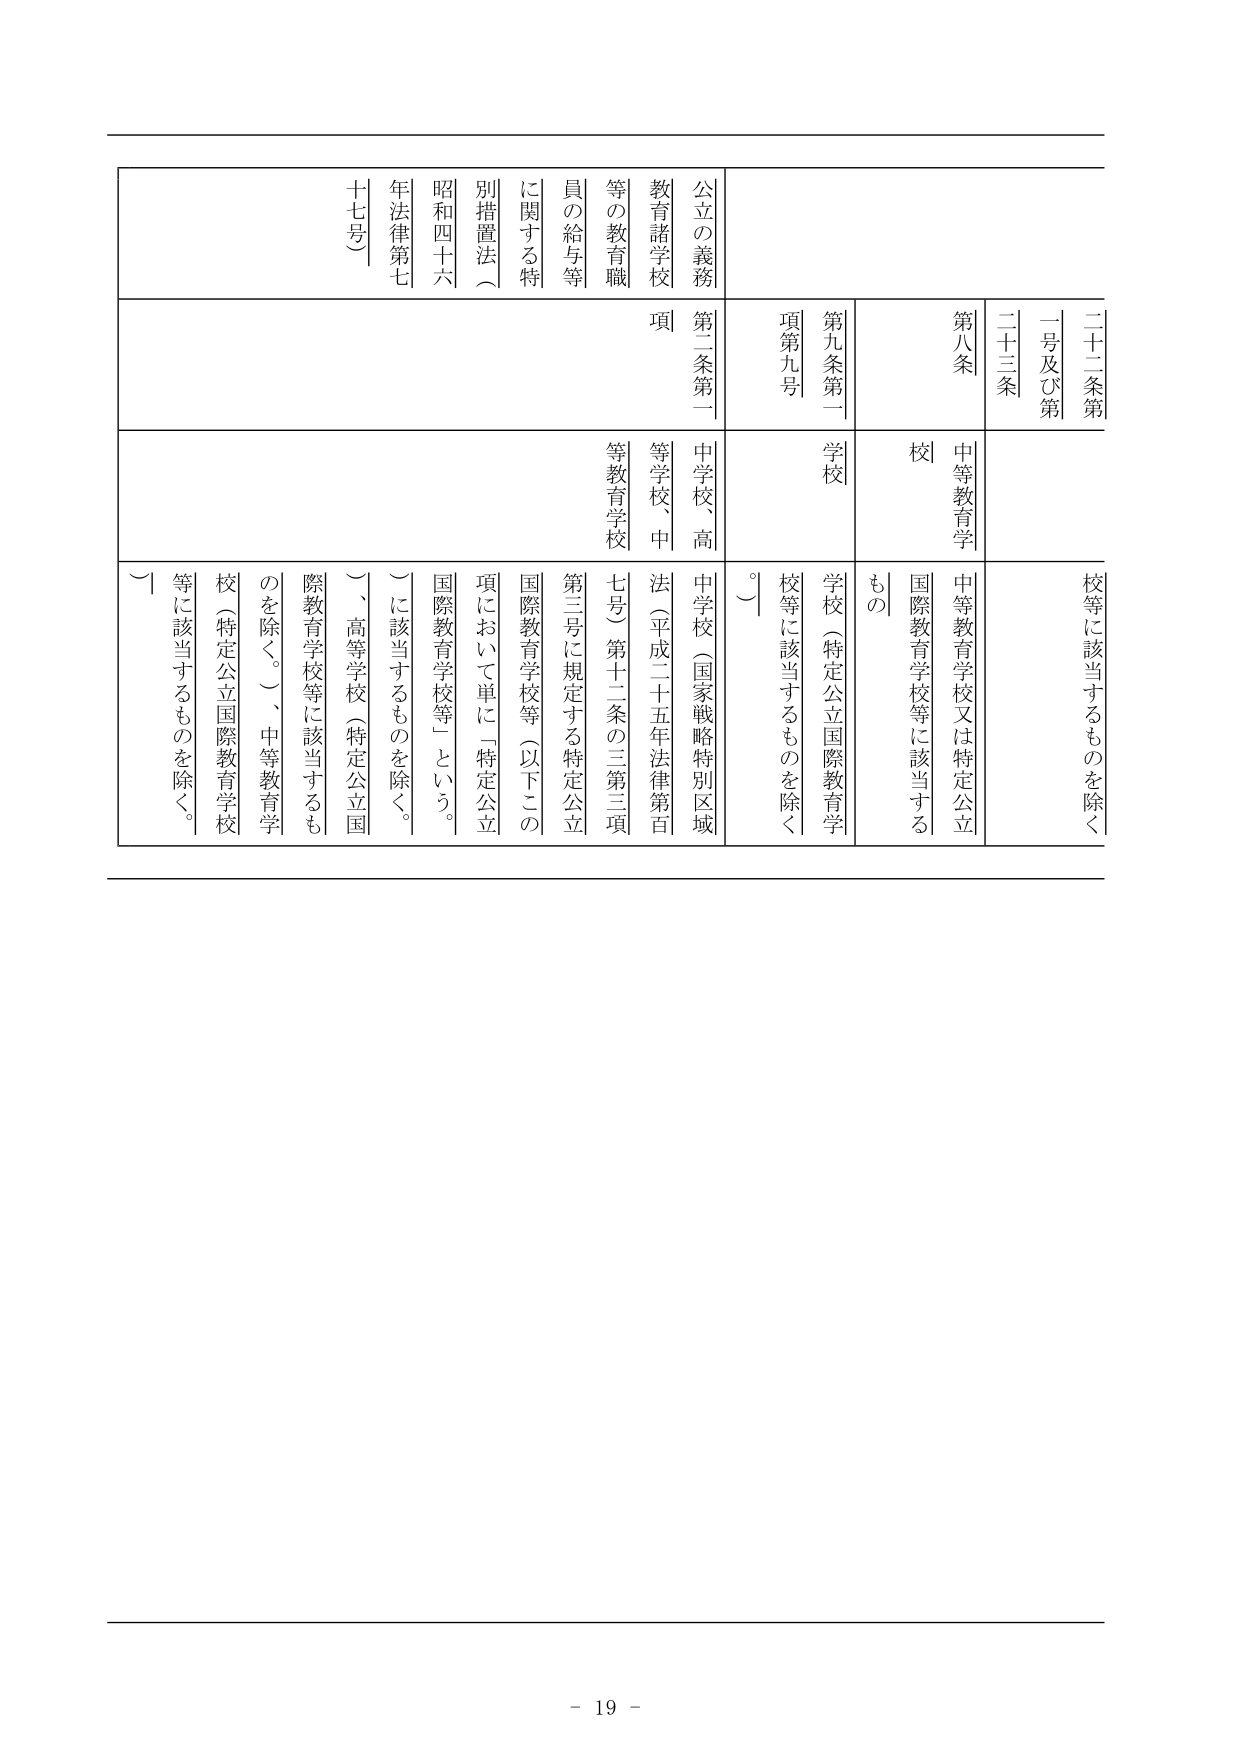
公立の義務
教育諸学校
等の教育職
員の給与等
に関する特
別措置法（
昭和四十六
年法律第七
十七号）
第二条第一
項
中学校、高
等学校、中
等教育学校
二十二条第
一号及び第
二十三条
第八条
第九条第一
項第九号
中等教育学
校
学校
中学校（国家戦略特別区域
法（平成二十五年法律第百
七号）第十二条の三第三項
第三号に規定する特定公立
国際教育学校等（以下この
項において単に「特定公立
国際教育学校等」という。
）、高等学校（特定公立国
際教育学校等に該当するも
のを除く。）、中等教育学
校（特定公立国際教育学校
等に該当するものを除く。
）に該当するものを除く。
中等教育学校又は特定公立
国際教育学校等に該当する
もの
学校（特定公立国際教育学
校等に該当するものを除く
。）
校等に該当するものを除く

- 19 -